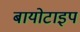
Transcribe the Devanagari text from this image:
बायोटाइप